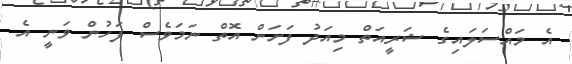
އެ މައްސަލައިގެ ޝަރީއަތް މިއަދު ފަށަން އޮތް ނަމަވެސް ފަހުން ވަނީ އެ